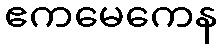
ဧကမေကေန